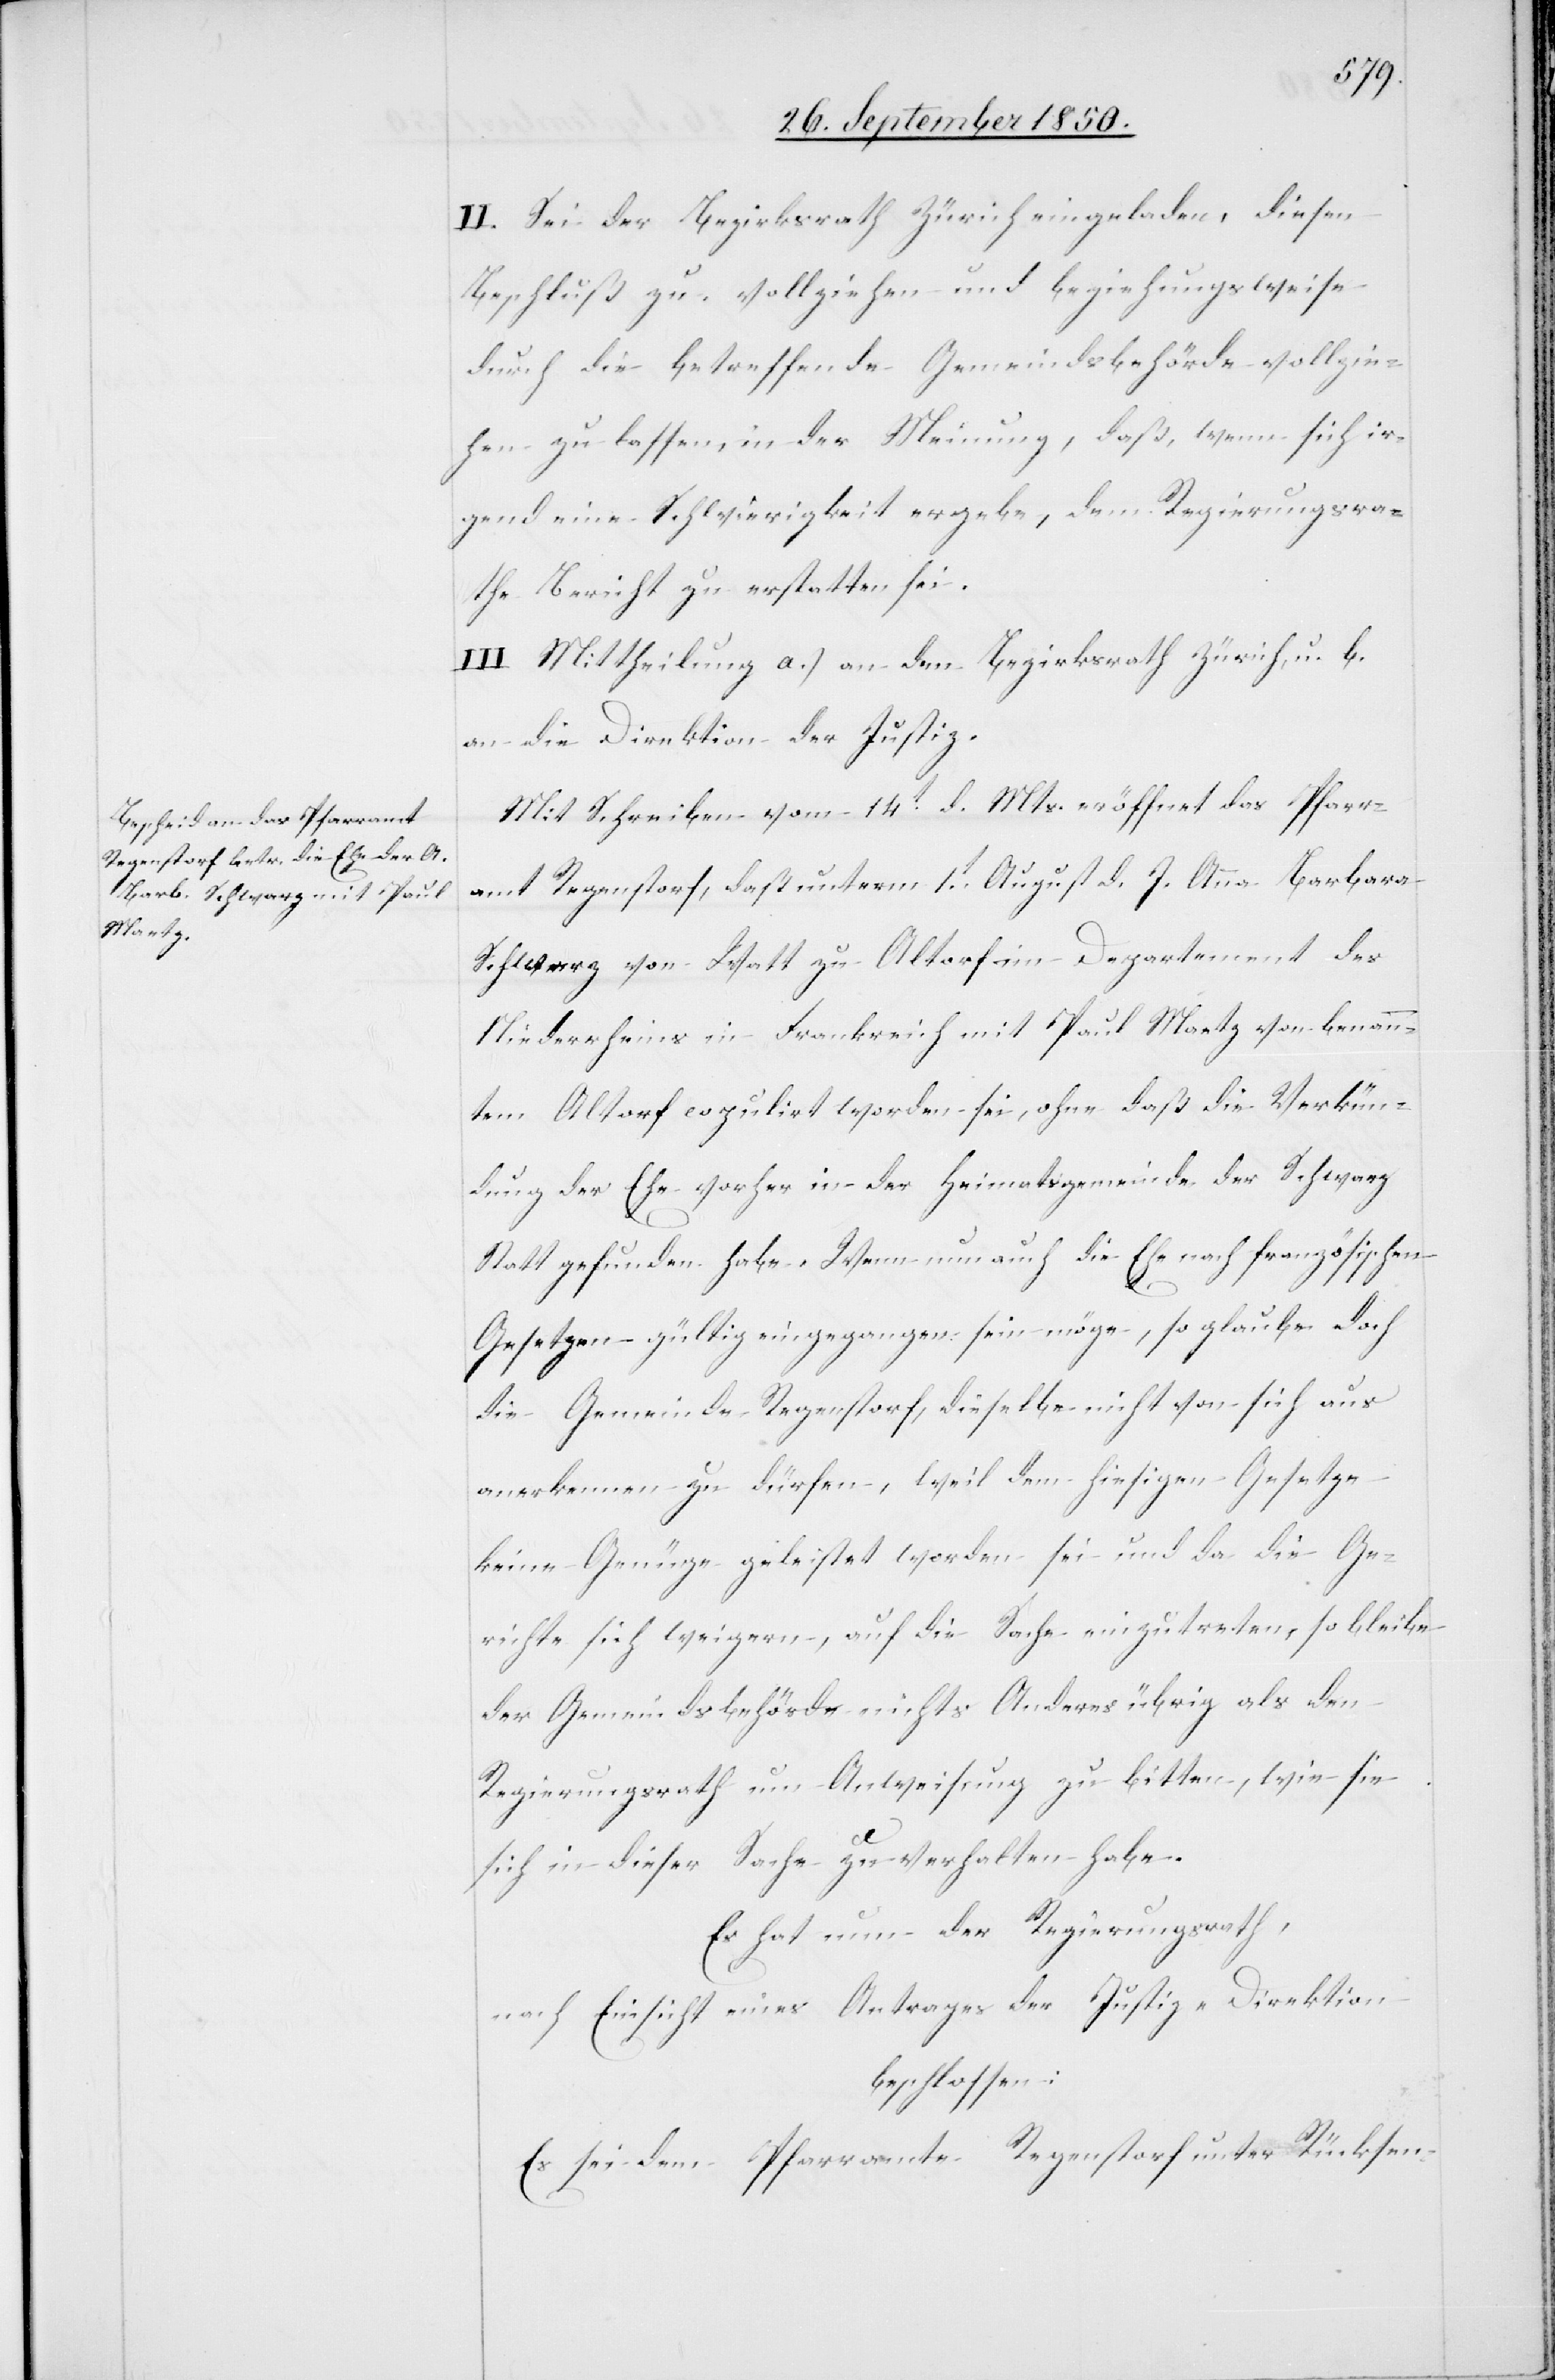
II. Sei der Bezirksrath Zürich eingeladen, diesen
Beschluß zu vollziehen und beziehungsweise
durch die betreffende Gemeindsbehörde vollzie¬
hen zu lassen, in der Meinung, daß, wenn sich ir¬
gend eine Schwierigkeit ergebe, dem Regierungsra¬
the Bericht zu erstatten sei.
III. Mittheilung a.) an den Bezirksrath Zürich, u. b.
an die Direktion der Justiz.
Mit Schreiben vom 14t d. Mts. eröffnet das Pfarr¬
amt Regenstorf, daß unterm 1t August d. J. Anna Barbara
Schwarz von Watt zu Altorf im Departement des
Niederrheins in Frankreich mit Paul Mantz von benann¬
tem Altorf copulirt worden sei, ohne daß die Verkün¬
dung der Ehe vorher in der Heimatsgemeinde der Schwarz
Statt gefunden habe. Wenn nun auch die Ehe nach französischen
Gesetzen gültig eingegangen sein möge, so glaube doch
die Gemeinde Regenstorf, dieselbe nicht von sich aus
anerkennen zu dürfen, weil dem hiesigen Gesetze
keine Genüge geleistet worden sei und da die Ge¬
richte sich weigern, auf die Sache einzutreten, so bleibe
der Gemeindsbehörde nichts Anders übrig als den
Regierungsrath um Anweisung zu bitten, wie sie
sich in dieser Sache zu verhalten habe.
Es hat der Regierungsrath,
nach Einsicht eines Antrages der Justiz-Direktion
beschlossen:
Es sei dem Pfarramte Regenstorf unter Rücksen-